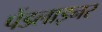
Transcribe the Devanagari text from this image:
पेंडलाइनर